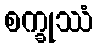
စက္ခုဿံ